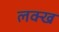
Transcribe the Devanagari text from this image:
लक्ख